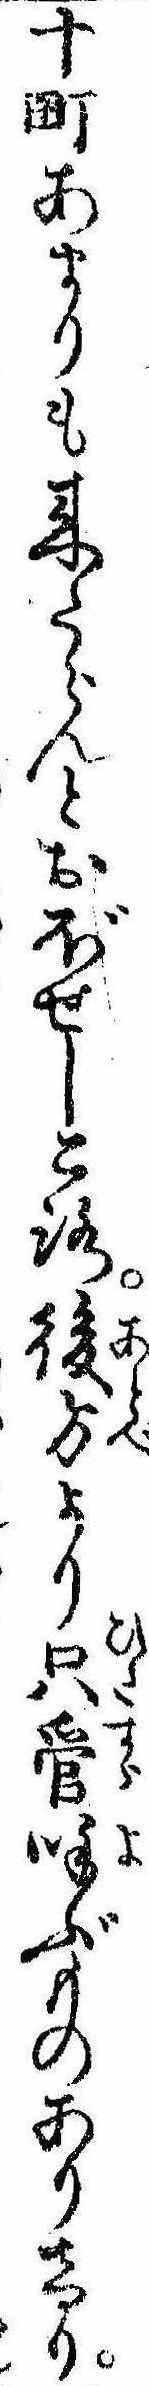
十町あまりも来たらんとおぼせしころ後方より只管呼ぶものありけり